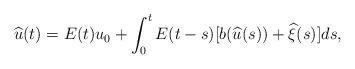
LaTeX: \begin{align*}\widehat{u}(t)=E(t)u_0+\int_0^t E(t-s)[b(\widehat{u}(s))+\widehat{\xi}(s)]ds,\end{align*}